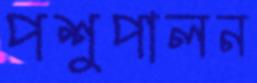
পশুপালন